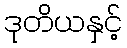
ဒုတိယနှင့်